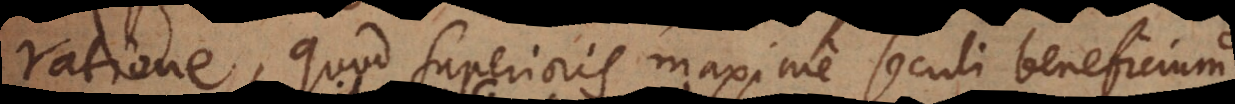
ratione, quod superioris maxime seculi benefic